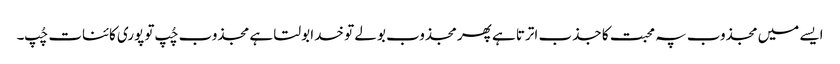
ایسے میں مجذوب پہ محبت کا جذب اترتا ہے پھر مجذوب بولے تو خدا بولتا ہے مجذوب چُپ تو پوری کائنات چُپ۔